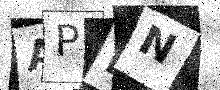
Text: APBN